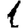
Digit: 1